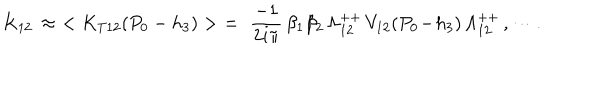
K _ { 1 2 } \, \approx \, \, < K _ { T 1 2 } ( P _ { 0 } - h _ { 3 } ) > \, \, = \, \, { \frac { - 1 } { 2 i \pi } } \, \beta _ { 1 } \beta _ { 2 } \, \Lambda _ { 1 2 } ^ { + + } \, V _ { 1 2 } ( P _ { 0 } \! - \! h _ { 3 } ) \, \Lambda _ { 1 2 } ^ { + + } \, , \cdots .